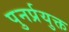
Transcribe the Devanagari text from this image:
पुनर्प्रयुक्त